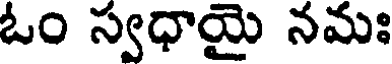
ఓం స్వధాయై నమః